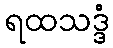
ရထသဒ္ဒံ